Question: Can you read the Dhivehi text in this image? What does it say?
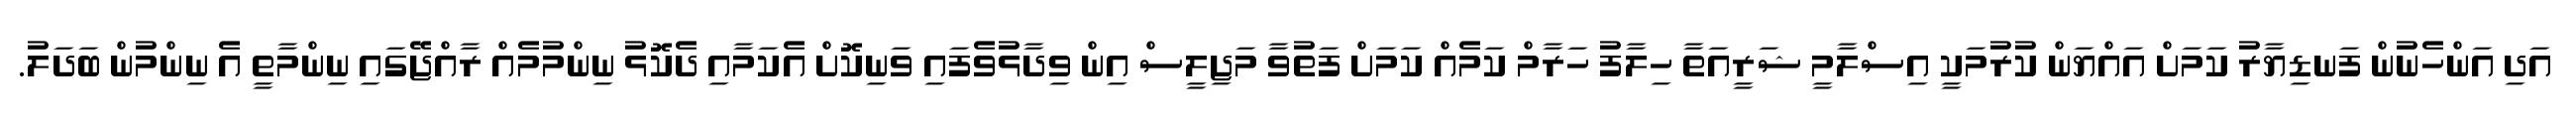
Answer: އަދި އަންހެނުން ފަނޑިޔާރު ކަމަށް އައްޔަން ކުރުމަކީ އިސްލާމީ ޝަރީއަތާ ހިލާފު ހަރާމް ކަމެއް ކަމަށް ފަތުވާ މަޖިލީސް އިން ވިދާޅުވެފައި ވަނިކޮށް އެކަމާއި ދެކޮޅު ނިންމުމެއް ރާއްޖޭގައި ނިންމާތީ އެ ނިންމުން ބަދަލު.